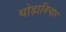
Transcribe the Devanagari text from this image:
थोड़ाविचार